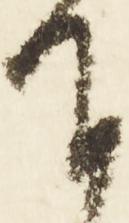
下